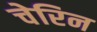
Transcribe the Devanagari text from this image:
चेरिन